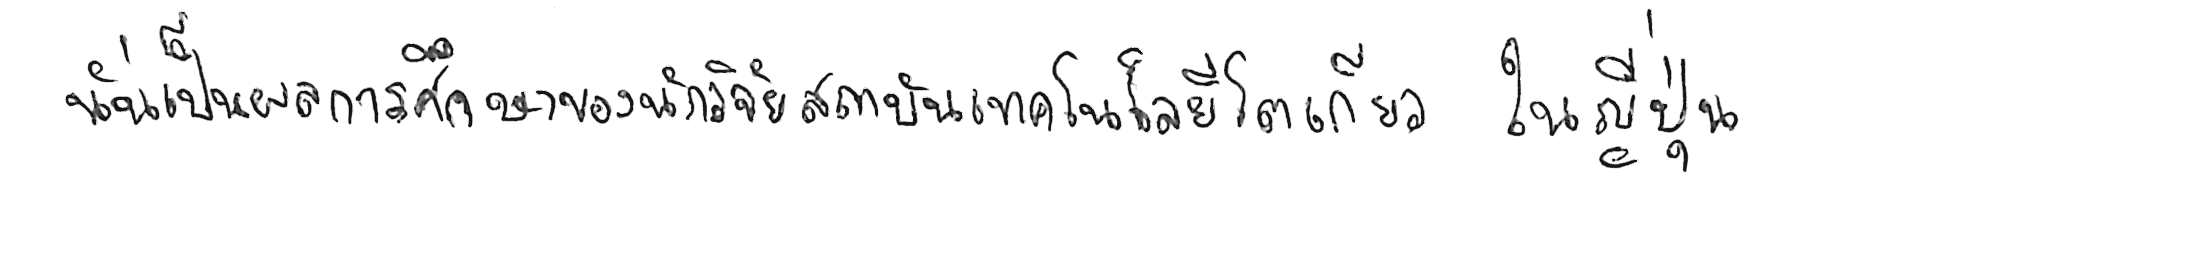
นั่นเป็นผลการศึกษาของนักวิจัยสถาบันเทคโนโลยีโตเกียว ในญี่ปุ่น